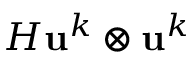
H \mathbf { u } ^ { k } \otimes \mathbf { u } ^ { k }